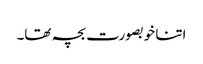
اتنا خوبصورت بچہ تھا۔